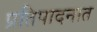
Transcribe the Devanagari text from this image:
प्रतिपादनात